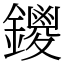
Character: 鑁